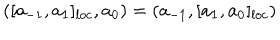
( [ a _ { - 1 } , a _ { 1 } ] _ { l o c } , a _ { 0 } ) = ( a _ { - 1 } , [ a _ { 1 } , a _ { 0 } ] _ { l o c } )